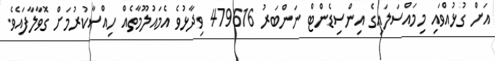
އަށް ގުޅުއްވައި މިމައްސަލައިގެ އިންސިޑެންޓް ނަންބަރު 479616 ވިދާޅުވެ އެމައުލޫމާތެއް ހިއްސާކުރުމަށް ގޮވާލާފައެވެ.